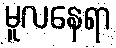
မူလနေရာ